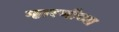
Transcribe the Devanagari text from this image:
म्हारणीच्या